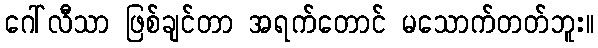
ဂေါ်လီသာ ဖြစ်ချင်တာ အရက်တောင် မသောက်တတ်ဘူး။